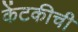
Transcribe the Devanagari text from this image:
केंटकीची